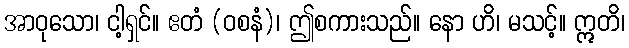
အာဝုသော၊ ငါ့ရှင်။ ဧတံ (ဝစနံ)၊ ဤစကားသည်။ နော ဟိ၊ မသင့်။ ဣတိ၊